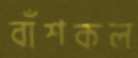
বাঁশকল